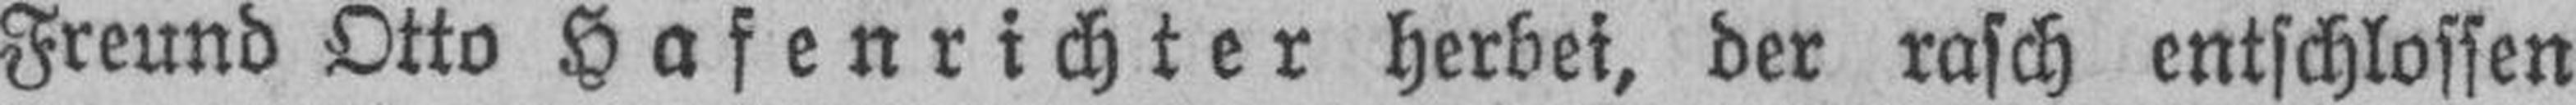
Freund Otto Hafenrichter herbei, der rasch entschlossen